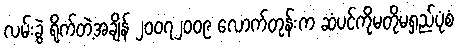
လမ်းခွဲ ရိုက်တဲ့အချိန် ၂၀၀၇၂၀၀၉ လောက်တုန်းက ဆံပင်ကိုမတိုမရှည်ပုံစံ